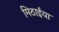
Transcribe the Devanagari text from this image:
मिठाईंया